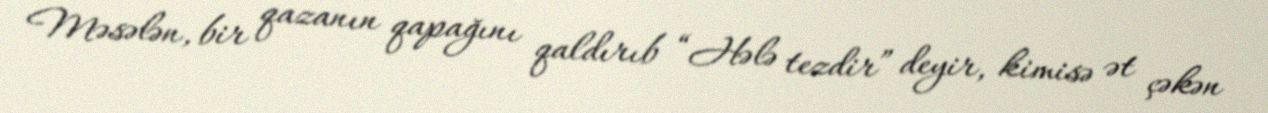
Məsələn, bir qazanın qapağını qaldırıb “Hələ tezdir” deyir, kimisə ət çəkən